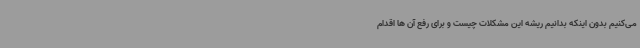
می‌کنیم بدون اینکه بدانیم ریشه این مشکلات چیست و برای رفع آن ‌ها اقدام